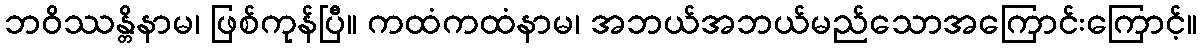
ဘဝိဿန္တိနာမ၊ ဖြစ်ကုန်ပြီ။ ကထံကထံနာမ၊ အဘယ်အဘယ်မည်သောအကြောင်းကြောင့်။